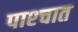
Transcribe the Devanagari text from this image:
पाश्‍चात